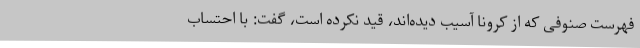
فهرست صنوفی که از کرونا آسیب دیده‌اند، قید نکرده است، گفت: با احتساب